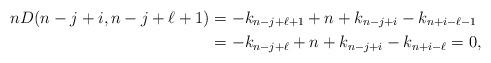
LaTeX: \begin{align*} n D(n-j+i, n-j+\ell+1)&=-k_{n-j+\ell+1}+n+k_{n-j+i}-k_{n+i-\ell-1}\\ &=-k_{n-j+\ell}+n+k_{n-j+i}-k_{n+i-\ell}=0, \end{align*}